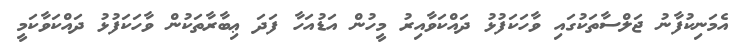
އެމަނިކުފާނު ޖަލްސާތަކުގައި ވާހަކަފުޅު ދައްކަވާއިރު މީހުން އަޑުއަހާ ފަދަ ޢިބާރާތަކުން ވާހަކަފުޅު ދައްކަވާކަމީ